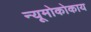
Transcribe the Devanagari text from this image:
न्यूमोकोकाय